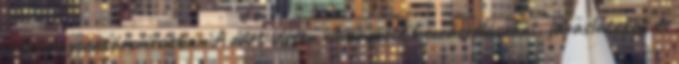
adományozására írásban A zárt ülésen elhangzott hozzászólásokat, javaslatokat és